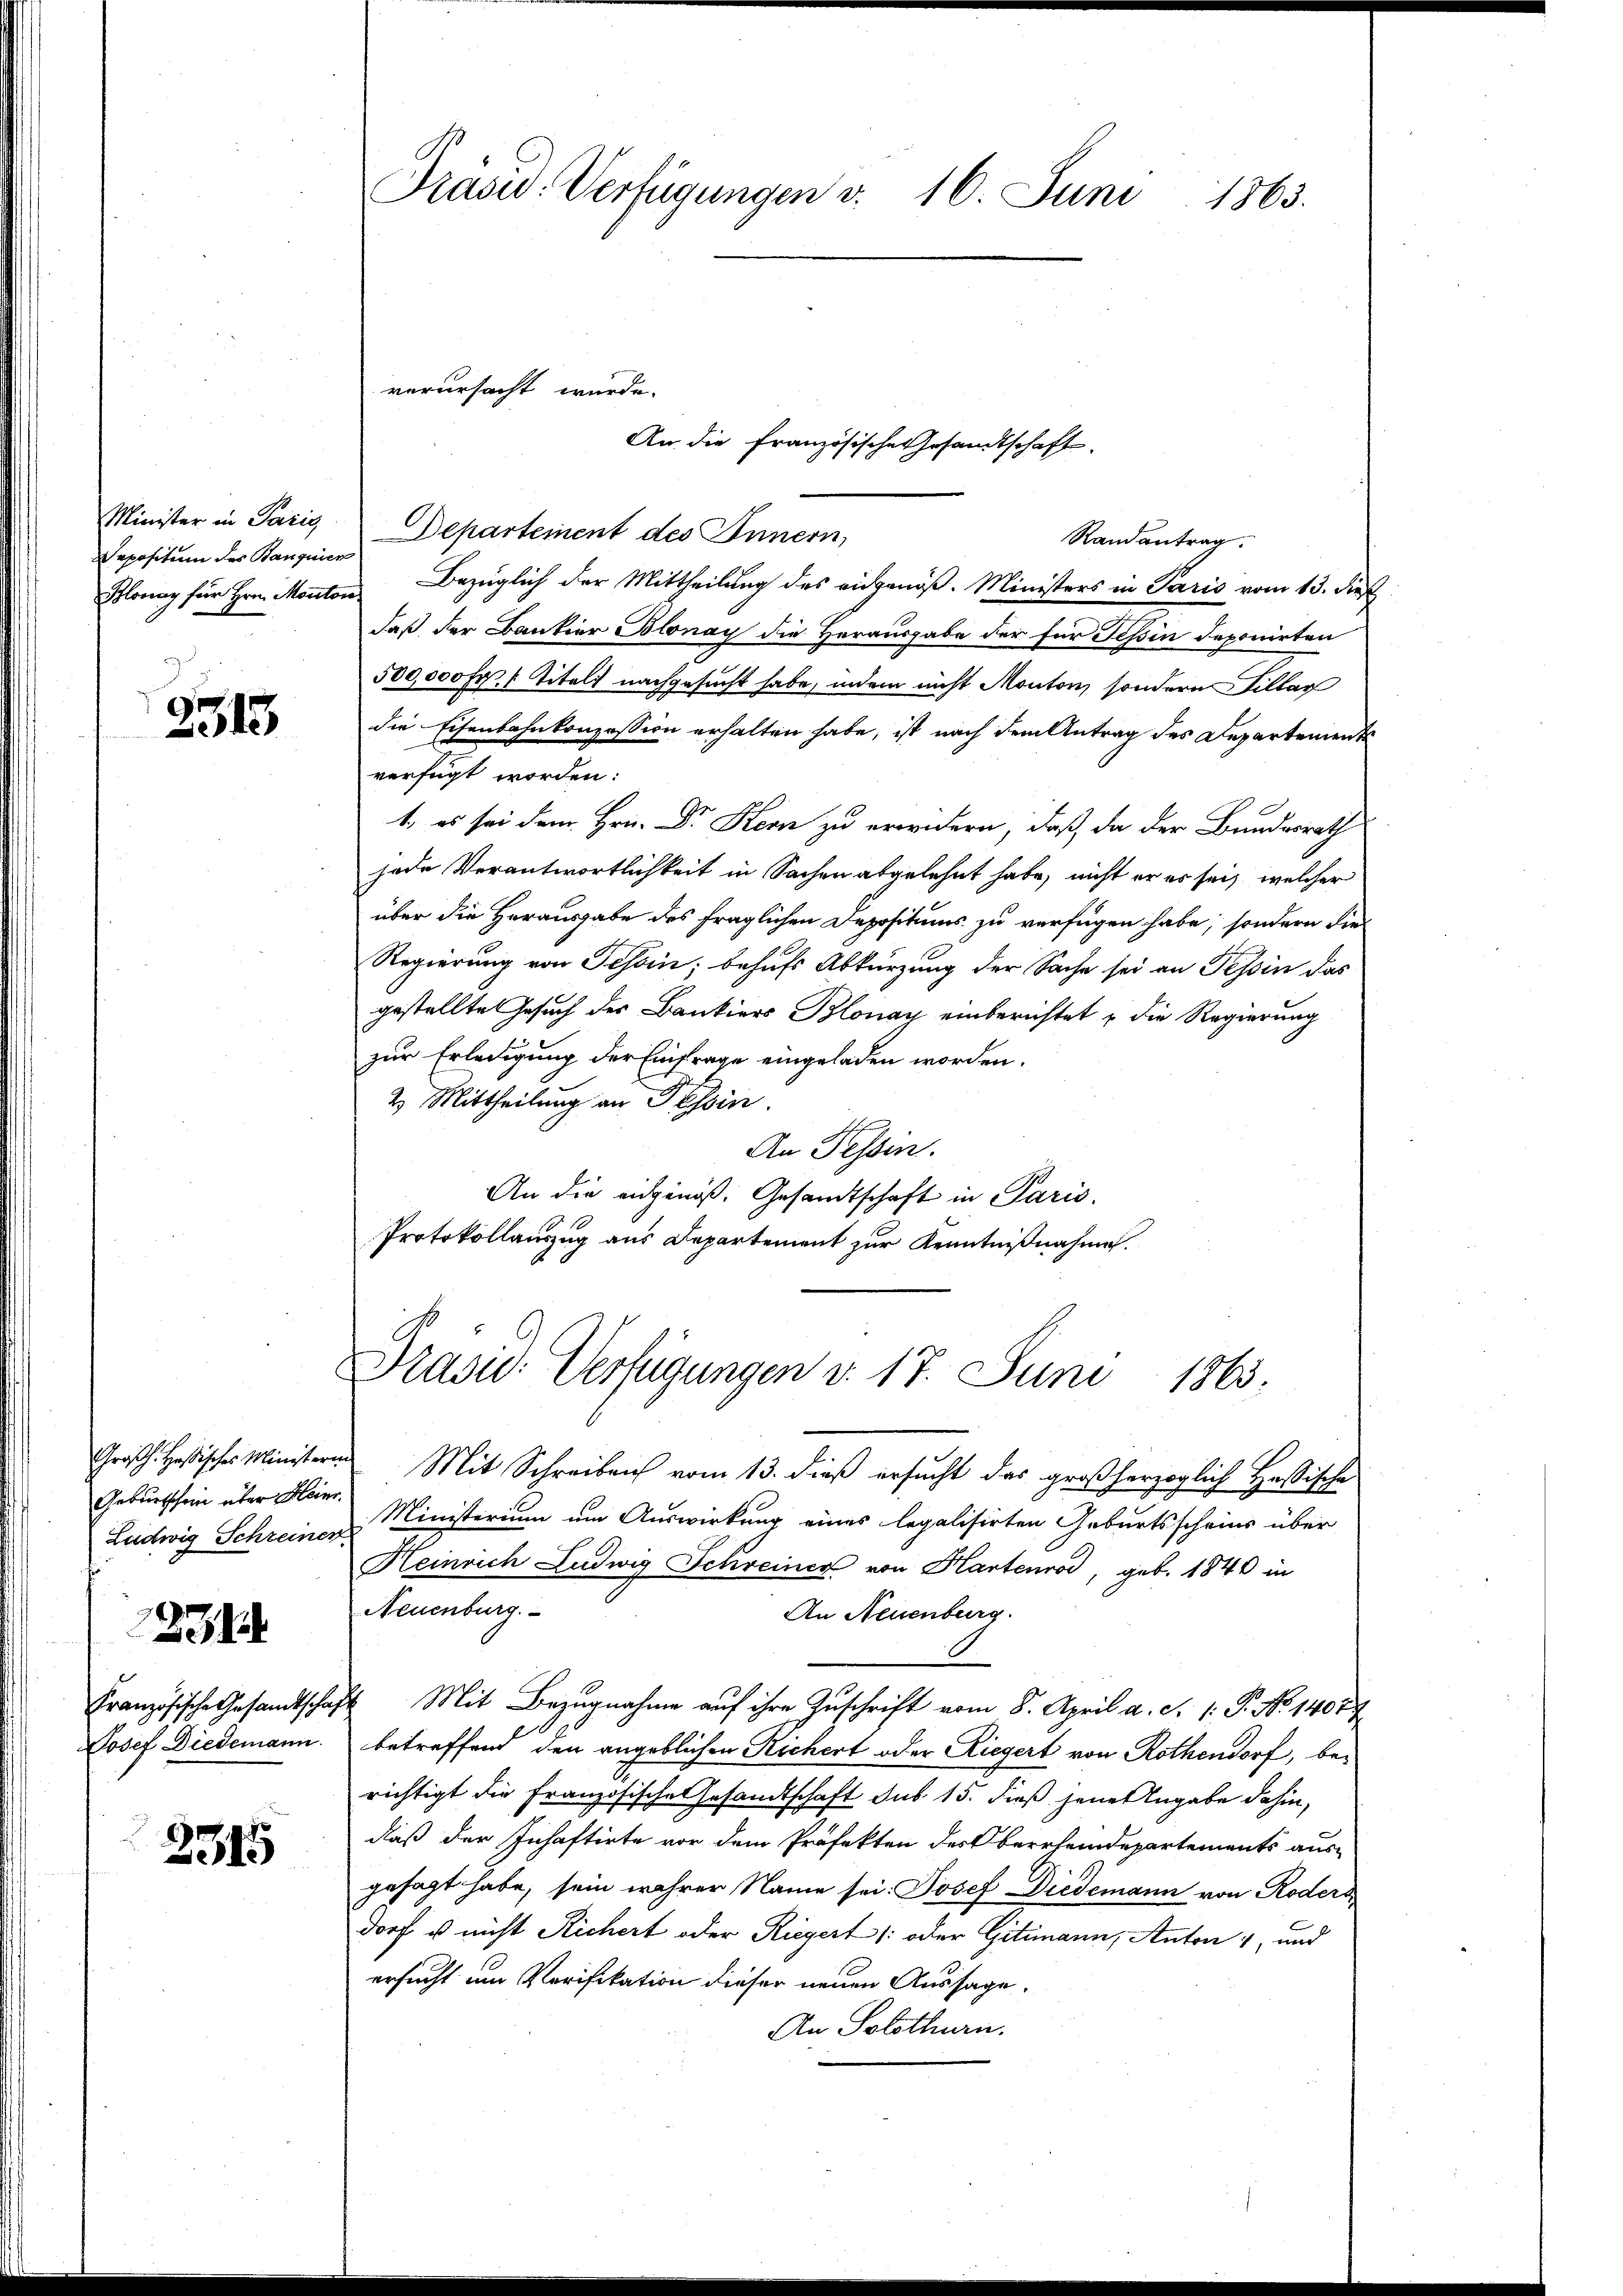
Sepositum des Banquien

2313

Geburtschein über Heinr.
Ludwig Schreiner
231

2315

Randantrag.
Blonay für Hrn. Monton Bezüglich der Mittheilung des eidgenöß. Ministers in Paris vom 13. dies
daß der Bantier Polonay die Herausgabe der für Tessin deponirten
500,000 Fr. 1 Titeli nachgesucht habe, indem nicht Monton, sondern illar
die Eisenbahnkonzession erhalten habe, ist nach dem Antrag des Departements
verfügt worden:
1. es sei dem Hrn. Dr. Stern zu erwidern, daß da der Bundesrath
jede Verantwortlichkeit in Sachen abgelehnt habe, nicht er es sei, welcher
über die Herausgabe des fraglichen Depositums zu verfügen habe, sondern die
Regierung von Tessin; behufs Abkürzung der Sache sei an Tessin das
gestellte Gesuch der Bankiers Blonay einberichtet u die Regierung
zur Erledigung der Einfrage eingeladen worden.
2. Mittheilung an Tessin
An Tessin.
An die eidgenöß. Gesandtschaft in Paris.
Protokollauszug aus Departement zur Kenntnißnahme.
Präsid. Verfügungen d. 17. Juni 1863.
Groβh. Hesisches Ministerin Mit Schreiben vom 13. dieβ ersŭcht das großherzoglich Hassische
Ministerium um Auswirkung eines legalisirten Geburtsscheins über
Heinrich Ludwig Schreiner von Kartenrod, geb. 1840 in
Neuenburg.
An Neuenburg.
Französische Gesandtschaft Mit Bezugnahme auf ihre Zuschrift vom 8. April a. c. 1. P. No 14077
Josef Diedemann betreffend den angeblichen Richert oder Riegert von Rothendorf, berichtigt die Französische Gesandtschaft sub 15. dieß jene Angabe dahin,
daß der Inhaftirte vor dem Präfekten des Oberrheindepartements aus-
gesagt habe, sein wahrer Name sei: Josef Diedemann von Roders,
dorf u. nicht Richert oder Riegert (oder Gitimann, Anton 1, und
ersucht um Verifikation dieser neuen Aussage.
An Solothurn.

Präsid. Verfügungen v. 16. Juni 1863.

verursacht würde.
An die Französische Gesandtschaft.

Minister in Paris Departement des Innern,